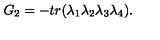
G _ { 2 } = - t r ( \lambda _ { 1 } \lambda _ { 2 } \lambda _ { 3 } \lambda _ { 4 } ) .